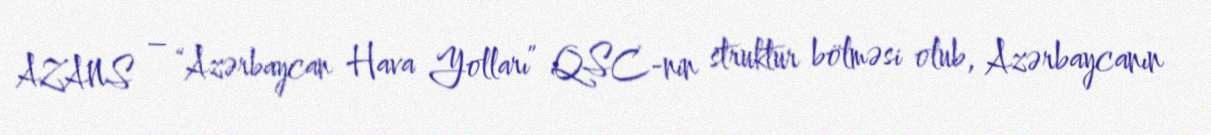
AZANS – “Azərbaycan Hava Yolları” QSC-nin struktur bölməsi olub, Azərbaycanın